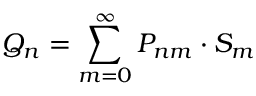
{ Q _ { n } } = \sum _ { m = 0 } ^ { \infty } P _ { n m } \cdot S _ { m }